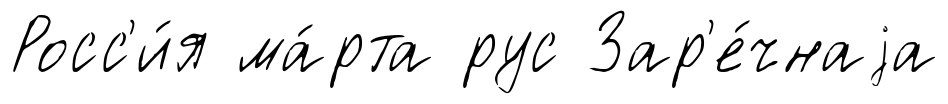
Росс'и́я ма́рта рус Зар'е́чнаjа